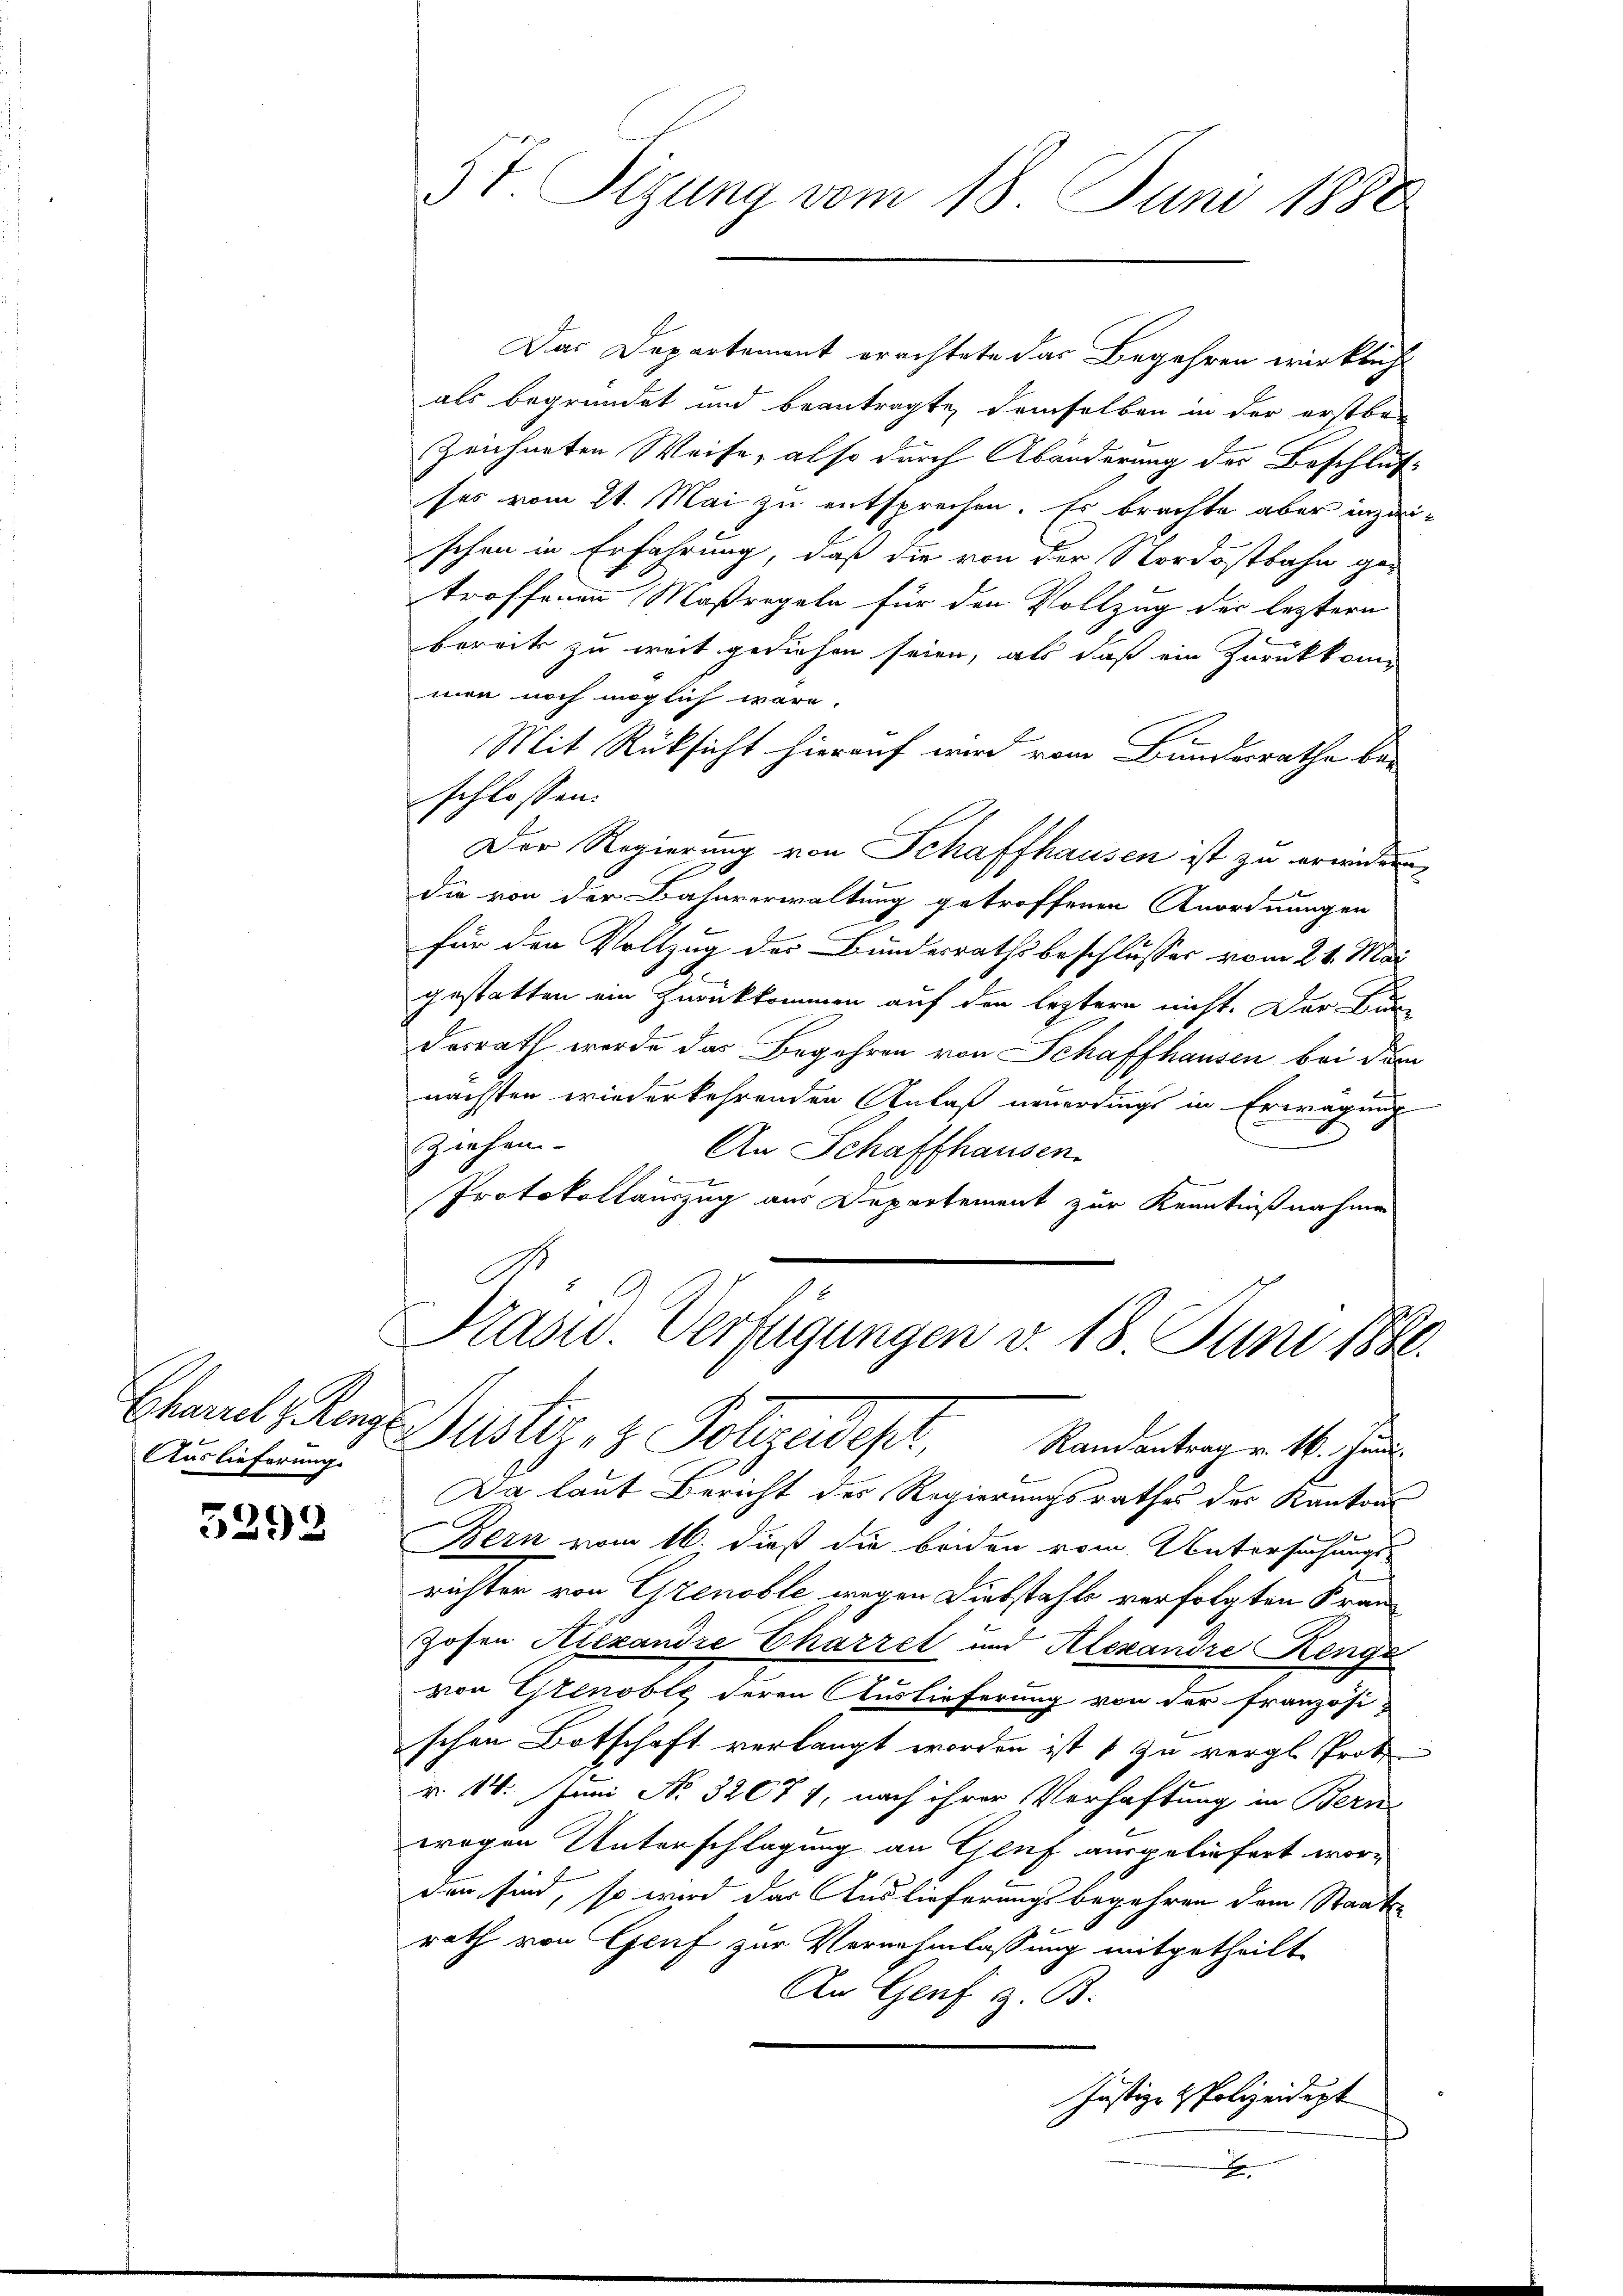
Chartel, Konze
Auslieferung.

5292

St. Sizung vom 18. Juni 1880

Das Departement erachtete das Begehren wirklicht
als begründet und beantragte, demselben in der erstbe-
zeichneten Weise, also durch Abänderung der Beschluß-
ses vom 21. Mai zu entsprechen. Es brachte aber inzwischen in Erfahrung, daß die von der Nordostbahn getroffenen Maßregeln für den Vollzug der leztern
bereck zu weit gediehen seien, als daß ein Zurükkom
nun noch möglich wäre.
Mit Rüksicht hierauf wird vom Bundesrathe bei
schlossen.
Der Regierung von Schaffhausen ist zu erwidern
die von der Bahnverwaltung getroffenen Anordnungen
für den Vollzug der Bundesrathsbeschlusses vom 21. Mai
s
gestatten ein Zurükkommen auf den leztern nicht. Der Bun-
desrath werde das Begehren von Schaffhausen bei dem
nächsten wiederkehrenden Anlaß neuerdings in Erwägung
Ziehen.
An Schaffhausen.
Protokollauszug aus Departement zur Kenntnißnahme

Präsid. Verfügungen v. 18 Juni 1880.
Justiz- & Polizeidest,

Randantrag v. 16. Juni.
Da laut Bericht des Regierungsrathes des Kanton
Lermor
Bern vom 16. dieß die beiden vom Untersuchungs-
richter von Grenoble wegen Diebstahls verfolgten Fran
Hosen Alexandre Charzel und Alexandre Renges
von Grenoble deren Auslieferung von der französi-
schen Botschaft verlangt worden ist 1 zu vergl. Prot
r 14. Juni No 32071, nach ihrer Verhaftung in Bern
wegen Unterschlagung an Glif ausgeliefert worden sind, so wird das Auslieferungsbegehren dem Staats-
rath von Genf zur Vernehmlassung mitgetheilt.
An Genf z. B.
Justiz- & Polizeidigt
x